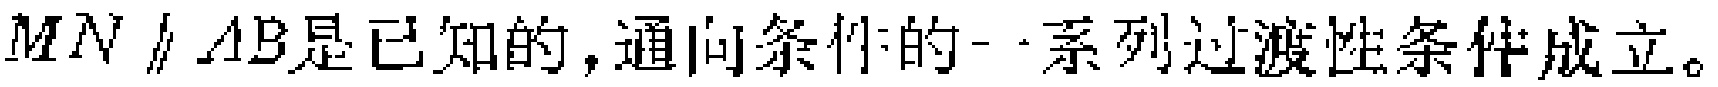
$MN \parallel AB是已知的,通向条件的一系列过渡性条件成立。$